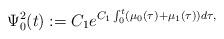
LaTeX: \begin{align*}\Psi_{0}^{2}(t):=C_{1}e^{C_{1}\int_{0}^{t}(\mu_{0}(\tau)+\mu_{1}(\tau))d\tau,}\end{align*}